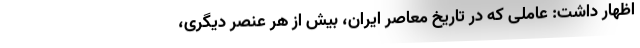
اظهار داشت: عاملی که در تاریخ معاصر ایران، بیش از هر عنصر دیگری،